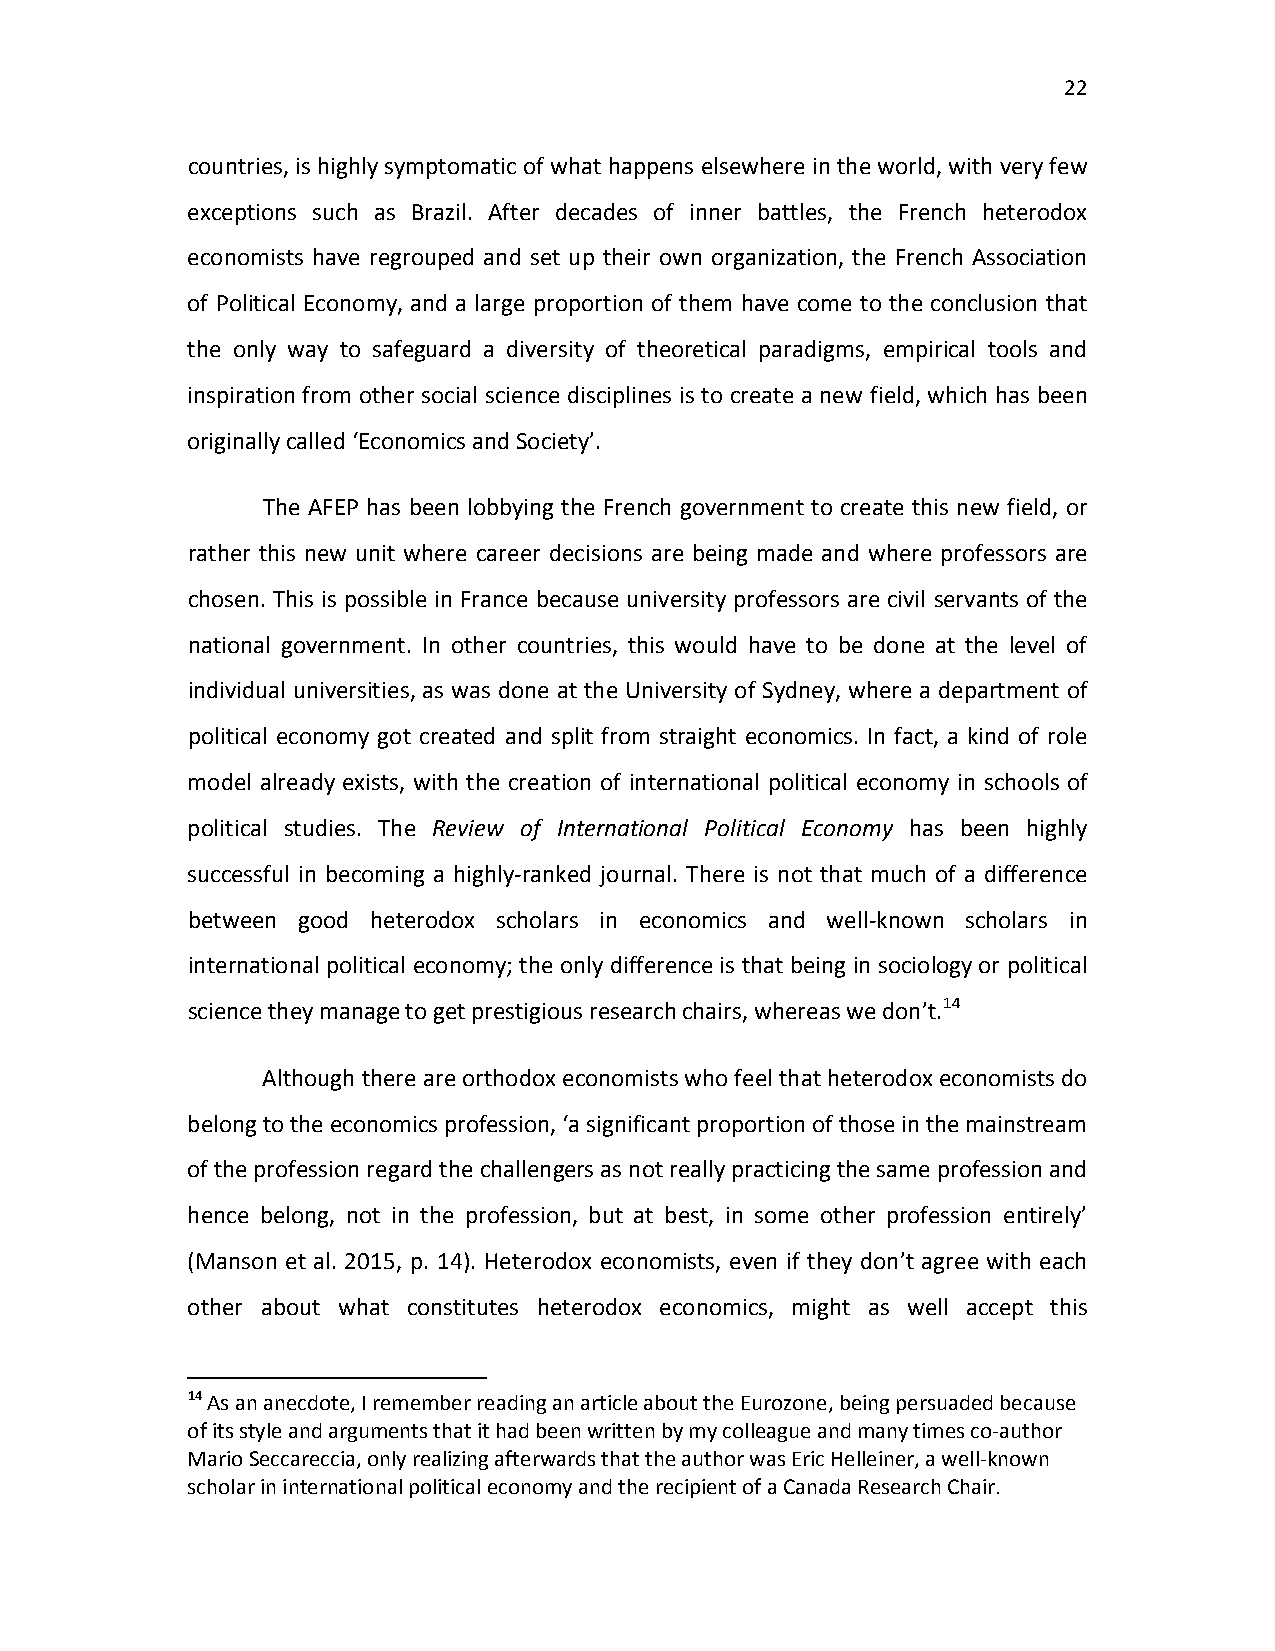
22
 countries, is highly symptomatic of what happens elsewhere in the world, with very few
 exceptions such as Brazil. After decades of inner battles, the French heterodox
 economists have regrouped and set up their own organization, the French Association
 of Political Economy, and a large proportion of them have come to the conclusion that
 the only way to safeguard a diversity of theoretical paradigms, empirical tools and
 inspiration from other social science disciplines is to create a new field, which has been
 originally called ‘Economics and Society’.
 The AFEP has been lobbying the French government to create this new field, or
 rather this new unit where career decisions are being made and where professors are
 chosen. This is possible in France because university professors are civil servants of the
 national government. In other countries, this would have to be done at the level of
 individual universities, as was done at the University of Sydney, where a department of
 political economy got created and split from straight economics. In fact, a kind of role
 model already exists, with the creation of international political economy in schools of
 political studies. The Review of International Political Economy has been highly
 successful in becoming a highly-ranked journal. There is not that much of a difference
 between good heterodox scholars in economics and well-known scholars in
 international political economy; the only difference is that being in sociology or political
 science they manage to get prestigious research chairs, whereas we don’t.14
 Although there are orthodox economists who feel that heterodox economists do
 belong to the economics profession, ‘a significant proportion of those in the mainstream
 of the profession regard the challengers as not really practicing the same profession and
 hence belong, not in the profession, but at best, in some other profession entirely’
 (Manson et al. 2015, p. 14). Heterodox economists, even if they don’t agree with each
 other about what constitutes heterodox economics, might as well accept this
 14 As an anecdote, I remember reading an article about the Eurozone, being persuaded because
 of its style and arguments that it had been written by my colleague and many times co-author
 Mario Seccareccia, only realizing afterwards that the author was Eric Helleiner, a well-known
 scholar in international political economy and the recipient of a Canada Research Chair.